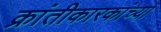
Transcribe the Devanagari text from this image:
क्रांतीकारकांच्या